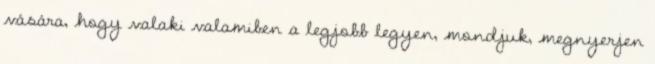
vására, hogy valaki valamiben a legjobb legyen, mondjuk, megnyerjen